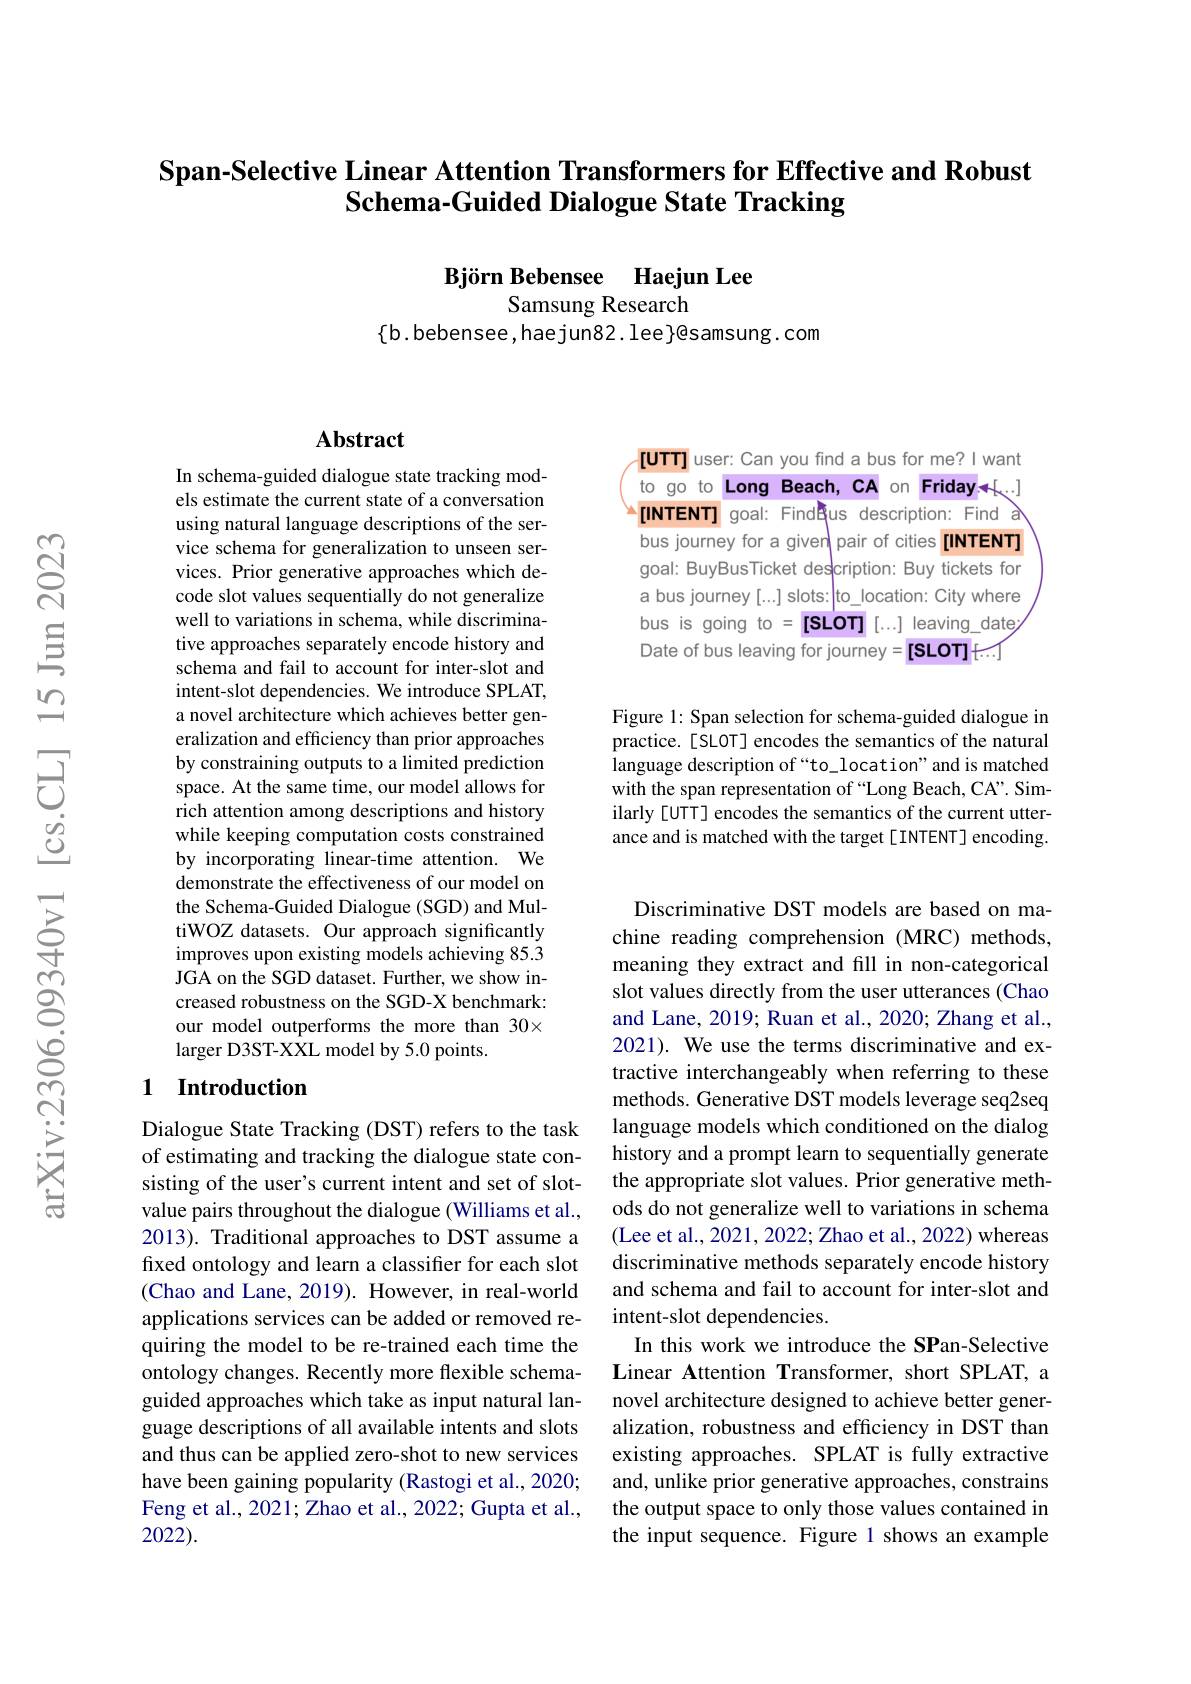
# Span-Selective Linear Attention Transformers for Effective and Robust Schema-Guided Dialogue State Tracking

Björn Bebensee Haejun Lee
Samsung Research

$\{$b. bebensee, haejun82. lee}@samsung. com

## Abstract

In schema-guided dialogue state tracking models estimate the current state of a conversation using natural language descriptions of the service schema for generalization to unseen services. Prior generative approaches which decode slot values sequentially do not generalize well to variations in schema, while discriminative approaches separately encode history and schema and fail to account for inter-slot and intent-slot dependencies. We introduce SPLAT, a novel architecture which achieves better generalization and efficiency than prior approaches by constraining outputs to a limited prediction space. At the same time, our model allows for rich attention among descriptions and history while keeping computation costs constrained by incorporating linear-time attention. We demonstrate the effectiveness of our model on the Schema-Guided Dialogue (SGD) and MultiWOZ datasets. Our approach significantly improves upon existing models achieving 85.3 JGA on the SGD dataset. Further, we show increased robustness on the SGD-X benchmark: our model outperforms the more than 30× larger D3ST-XXL model by 5.0 points.

## 1 Introduction

Dialogue State Tracking (DST) refers to the task of estimating and tracking the dialogue state consisting of the user's current intent and set of slotvalue pairs throughout the dialogue (Williams et al., 2013). Traditional approaches to DST assume a fixed ontology and learn a classifier for each slot (Chao and Lane, 2019). However, in real-world applications services can be added or removed requiring the model to be re-trained each time the ontology changes. Recently more flexible schemaguided approaches which take as input natural language descriptions of all available intents and slots and thus can be applied zero-shot to new services have been gaining popularity (Rastogi et al., 2020; Feng et al., 2021; Zhao et al., 2022; Gupta et al., 2022).

[UTT] user: Can you find a bus for me? I want to go to Long Beach, CA on Friday+[...] a[INTENT] goal: FindBus description: Find a bus journey for a given pair of cities[INTENT] goal: BuyBusTicket desłcription: Buy tickets for a bus journey [...] slots: |to\_location: City where bus is going to =[SLOT] [...] leaving\_date Date of bus leaving for journey =[SLOT] t

Figure 1: Span selection for schema-guided dialogue in practice.[SLOT] encodes the semantics of the natural language description of“to\_location”and is matched with the span representation of “Long Beach, CA”. Similarly [UTT] encodes the semantics of the current utterance and is matched with the target [INTENT] encoding.

Discriminative DST models are based on machine reading comprehension (MRC) methods, meaning they extract and fill in non-categorical slot values directly from the user utterances (Chao and Lane, 2019; Ruan et al., 2020; Zhang et al., 2021). We use the terms discriminative and extractive interchangeably when referring to these methods. Generative DST models leverage seq2seq language models which conditioned on the dialog history and a prompt learn to sequentially generate the appropriate slot values. Prior generative methods do not generalize well to variations in schema (Lee et al., 2021, 2022; Zhao et al., 2022) whereas discriminative methods separately encode history and schema and fail to account for inter-slot and intent-slot dependencies.
In this work we introduce the SPan-Selective Linear Attention Transformer, short SPLAT, a novel architecture designed to achieve better generalization, robustness and efficiency in DST than existing approaches. SPLAT is fully extractive and, unlike prior generative approaches, constrains the output space to only those values contained in the input sequence. Figure 1 shows an example